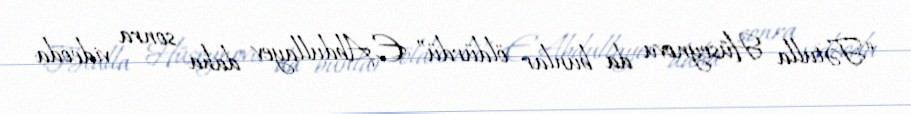
“Fətulla Hüseynovu da bunlar öldürdü” E.Abdullayev daha sonra videoda